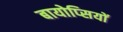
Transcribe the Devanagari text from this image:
बायोप्‍िसयों